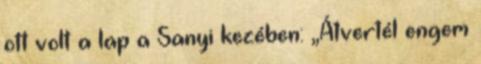
ott volt a lap a Sanyi kezében: „Átvertél engem